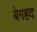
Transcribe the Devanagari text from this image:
बेगहद